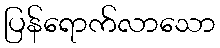
ပြန်ရောက်လာသော